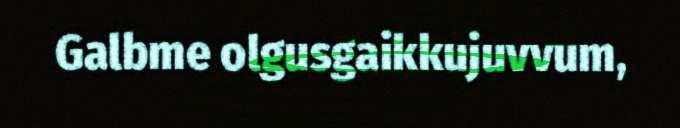
Galbme olgusgaikkujuvvum,